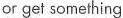
or get something